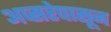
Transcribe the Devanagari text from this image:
अप्सरेपासून